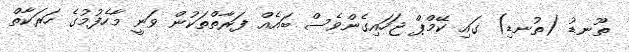
ތޫނޑު (ތުނޑި) ގައި ކޭމްޕް ޖަހައިގެންވެސް ބައެއް ފަރާތްތަކުން ވަނީ މާހެފުމުގެ ހަރަކާތް